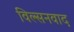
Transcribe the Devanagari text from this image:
विल्सनवाद